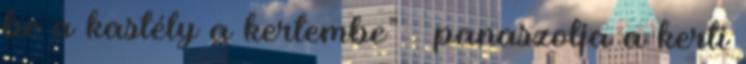
be a kastély a kertembe” – panaszolja a kerti